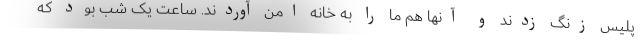
پلیس زنگ زدند و آنها هم ما را به خانه امن آوردند. ساعت یک شب بود که